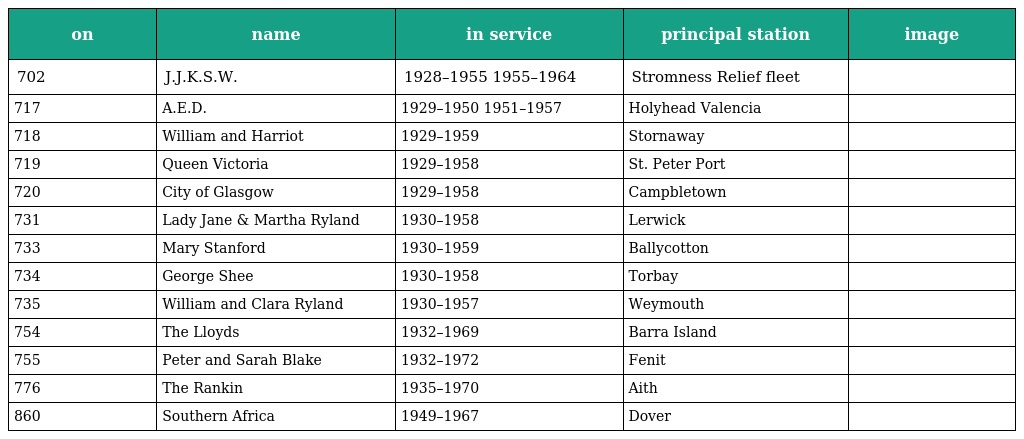
| on | name | in service | principal station | image |
 | --- | --- | --- | --- | --- |
 | 702 | J.J.K.S.W. | 1928–1955 1955–1964 | Stromness Relief fleet |  |
 | 717 | A.E.D. | 1929–1950 1951–1957 | Holyhead Valencia |  |
 | 718 | William and Harriot | 1929–1959 | Stornaway |  |
 | 719 | Queen Victoria | 1929–1958 | St. Peter Port |  |
 | 720 | City of Glasgow | 1929–1958 | Campbletown |  |
 | 731 | Lady Jane & Martha Ryland | 1930–1958 | Lerwick |  |
 | 733 | Mary Stanford | 1930–1959 | Ballycotton |  |
 | 734 | George Shee | 1930–1958 | Torbay |  |
 | 735 | William and Clara Ryland | 1930–1957 | Weymouth |  |
 | 754 | The Lloyds | 1932–1969 | Barra Island |  |
 | 755 | Peter and Sarah Blake | 1932–1972 | Fenit |  |
 | 776 | The Rankin | 1935–1970 | Aith |  |
 | 860 | Southern Africa | 1949–1967 | Dover |  |